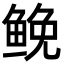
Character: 𩾃